Statistics compiled by the Government of India from the reports of provincial Civil Veterinary Departments
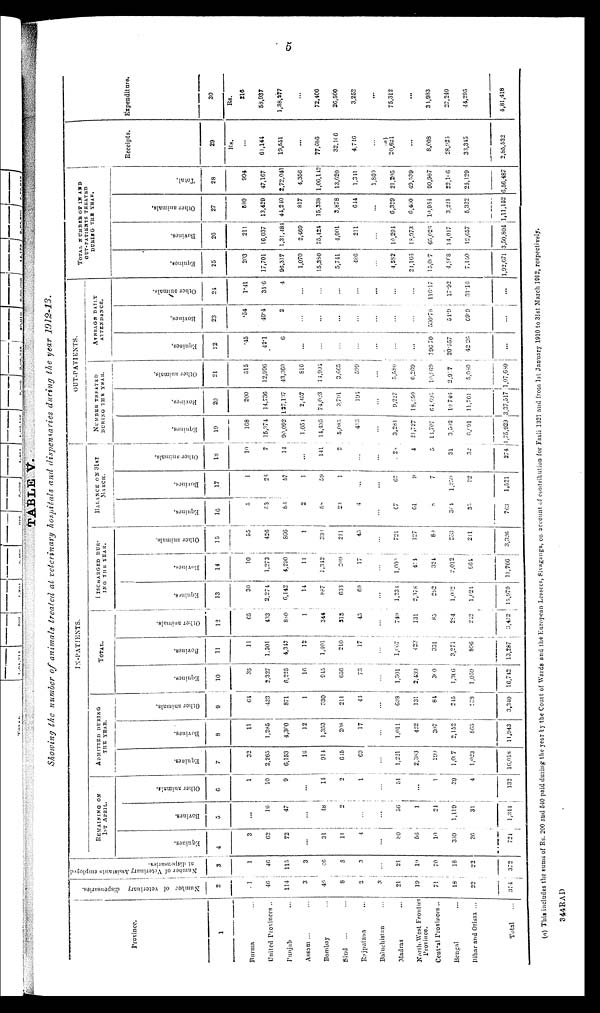
5
TABLE V.
Showing the number of animals treated at veterinary hospitals and dispensaries during the year 1912-13.
Province.
1
Burma ...
United Provinces ..
Punjab ...
Assam ... ...
Bombay ...
Sind
...
Rajputana ...
Baluchistan ...
Madras ...
North-West Frontier
Province.
Central Provinces ..
Bengal ...
Bihar and Orissa ...
Total ...
Number
of veterinary dispensaries.
2
1
46
114
3
46
8
2
3
21
19
71
18
22
374
Number of Veterinary Assistants employed
at dispensaries.
3
1
46
115
3
46
8
3
...
21
19
70
18
22
372
IN-PATIENTS.
REMAINING ON
1ST APRIL.
Equines.
4
3
62
72
...
31
11
4
...
80
56
10
359
36
724
Bovines.
5
...
16
47
...
48
2
...
...
56
1
24
1,119
31
1,344
Other animals.
6
1
10
9
...
14
2
1
...
51
...
1
39
4
132
ADMITTED DURING
THE YEAR.
Equines.
7
32
2,265
6,153
16
914
615
69
...
1,221
2,383
290
1,067
1,023
16,018
Bovines.
8
11
1,285
4,300
12
1,353
208
17
...
1,011
422
307
2,152
865
11,943
Other animals.
9
64
423
871
1
330
211
44
...
698
131
84
245
289
3,340
TOTAL.
Equines.
10
35
2,327
6,225
16
945
656
73
...
1,301
2,439
300
1,366
1,059
16,742
Bovines.
11
11
1,301
4,347
12
1,401
210
17
...
1,007
423
331
3,271
896
13,287
Other animals.
12
65
433
880
1
344
213
45
...
749
131
85
294
242
3,472
ISCHARGED
DUR-
ING THE YEAR.
Equines.
13
30
2,274
6,142
14
887
633
69
...
1,234
2,378
292
1,002
1,024
15,979
Bovines.
14
10
1,273
4,290
11
1,342
209
17
...
1,000
414
324
2,012
564
11,766
Other animals.
15
55
426
866
1
339
211
45
...
721
127
80
253
211
3,320
BALANCE ON 31ST MARCH.
Equines.
16
5
53
83
2
58
23
4
...
67
61
8
364
35
763
Bovines.
17
1
28
57
1
59
1
...
...
67
9
7
1,259
32
1,521
Other animals.
18
10
7
14
...
141
2
...
...
2
4
5
31
32
274
OUT-PATIENTS.
NUMBER TREATED
DURING THE YEAR.
Equines.
19
168
15,374
90,092
1,054
14,435
5,085
418
...
3,281
21,727
11,707
3,502
6,091
1,75,929
Bovines.
20
200
14,736
127,137
2,457
74,023
3,791
494
...
9,227
18,950
64,695
10,746
11,764
3,37,517
Other animals.
21
515
12,996
43,360
816
14,994
3,665
599
...
5,580
6,269
10,869
2,947
5,080
1,07,680
AVERAGE DAILY
ATTENDANCE.
Equines,
22
.45
42.1
6
...
...
...
...
...
...
...
190 70
20.557
42.26
...
Bovines.
23
.54
40.4
2
...
...
...
...
...
...
...
530.78
51.9
68.9
...
Other animals.
24
1.41
35.6
4
...
...
...
...
...
...
...
116.17
17.92
31.16
...
TOTAL NUMBER OF IN AND
OUT-PATIENTS TREATED
DURING THE YEAR.
Equines.
25
203
17,701
96,317
1,070
15,380
5,741
486
...
4,582
21,166
15,067
4,868
7,150
1,92,671
Bovines.
26
211
16,037
1,31,481
2,469
75,424
4,001
211
...
10,294
18,973
65,026
14,017
12,657
3,50,804
Other animals.
27
580
13,429
44,240
817
15,338
3,878
644
...
6,329
6,400
10,954
3,221
5,322
1,11,152
Total.
28
994
47,107
2,72,041
4,356
1,06,112
13,620
1,341
1,860
21,205
49,539
90,987
22,106
25,129
6,56,487
Receipts.
29
Rs.
...
61,144
19,551
...
77,086
32,166
4,746
...
(a)
20,621
...
8,008
28,925
33,345
2,85,532
Expenditure.
30
Rs.
216
58,937
1,38,277
...
72,406
26,500
3,252
...
75,312
...
34,983
27,240
44,295
4,81,418
(a) This includes the sums of Rs. 200 and 540 paid during the year by the Court of Wards and the European Lessees, Sivaganga, on account of contribution for Fasli 1321 and from 1st January 1910 to 31st March 1912, respectively.
344RAD